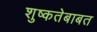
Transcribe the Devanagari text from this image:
शुष्कतेबाबत